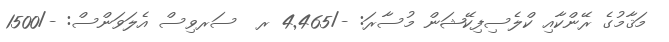
މަޤާމުގެ ރޭންކާއި ކްލެސިފިކޭޝަން މުސާރަ: -/4